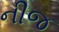
નીજ